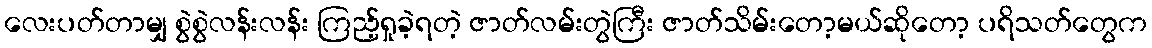
လေးပတ်တာမျှ စွဲစွဲလန်းလန်း ကြည့်ရှုခဲ့ရတဲ့ ဇာတ်လမ်းတွဲကြီး ဇာတ်သိမ်းတော့မယ်ဆိုတော့ ပရိသတ်တွေက